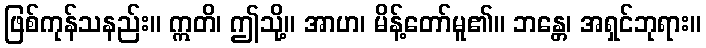
ဖြစ်ကုန်သနည်း။ ဣတိ၊ ဤသို့။ အာဟ၊ မိန့်တော်မူ၏။ ဘန္တေ၊ အရှင်ဘုရား။